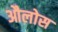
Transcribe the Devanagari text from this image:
औलोस